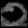
Digit: ၀